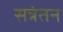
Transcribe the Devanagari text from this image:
सत्रंतन